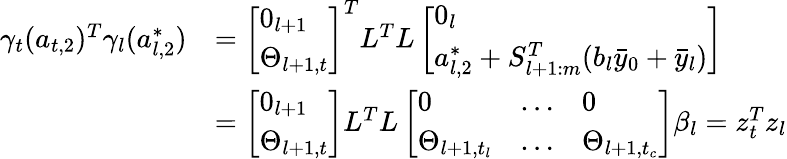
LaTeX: \begin{array}{rl}{\gamma_{t}(a_{t,2})^{T}\gamma_{l}(a_{l,2}^{*})}&{=\left[\begin{array}{l}{0_{l+1}}\\ {\Theta_{l+1,t}}\end{array}\right]^{T}L^{T}L\left[\begin{array}{l}{0_{l}}\\ {a_{l,2}^{*}+S_{l+1:m}^{T}(b_{l}\bar{y}_{0}+\bar{y}_{l})}\end{array}\right]}\\ &{=\left[\begin{array}{l}{0_{l+1}}\\ {\Theta_{l+1,t}}\end{array}\right]L^{T}L\left[\begin{array}{lll}{0}&{\dots}&{0}\\ {\Theta_{l+1,t_{l}}}&{\dots}&{\Theta_{l+1,t_{c}}}\end{array}\right]\beta_{l}=z_{t}^{T}z_{l}}\end{array}